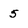
Character: 5